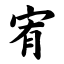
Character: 宥